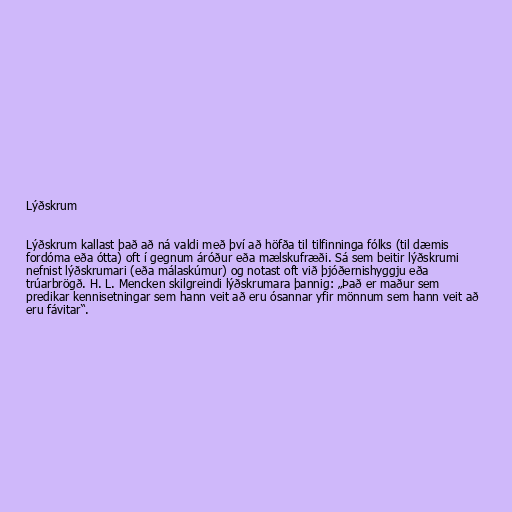
Lýðskrum

Lýðskrum kallast það að ná valdi með því að höfða til tilfinninga fólks (til dæmis
fordóma eða ótta) oft í gegnum áróður eða mælskufræði. Sá sem beitir lýðskrumi
nefnist lýðskrumari (eða málaskúmur) og notast oft við þjóðernishyggju eða
trúarbrögð. H. L. Mencken skilgreindi lýðskrumara þannig: „Það er maður sem
predikar kennisetningar sem hann veit að eru ósannar yfir mönnum sem hann veit að
eru fávitar“.